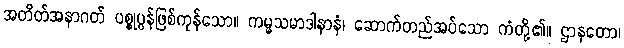
အတိတ်အနာဂတ် ပစ္စုပ္ပန်ဖြစ်ကုန်သော။ ကမ္မသမာဒါနာနံ၊ ဆောက်တည်အပ်သော ကံတို့၏။ ဌာနတော၊